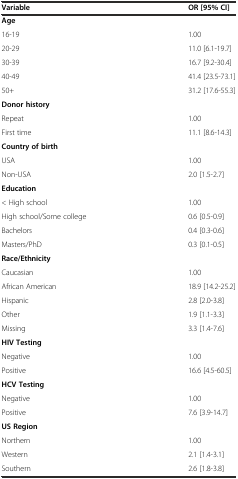
<table><thead><tr><td><b>Variable</b></td><td><b>OR [95% CI]</b></td></tr></thead><tbody><tr><td><b>Age</b></td><td></td></tr><tr><td>16-19</td><td>1.00</td></tr><tr><td>20-29</td><td>11.0 [6.1-19.7]</td></tr><tr><td>30-39</td><td>16.7 [9.2-30.4]</td></tr><tr><td>40-49</td><td>41.4 [23.5-73.1]</td></tr><tr><td>50+</td><td>31.2 [17.6-55.3]</td></tr><tr><td><b>Donor history</b></td><td></td></tr><tr><td>Repeat</td><td>1.00</td></tr><tr><td>First time</td><td>11.1 [8.6-14.3]</td></tr><tr><td><b>Country of birth</b></td><td></td></tr><tr><td>USA</td><td>1.00</td></tr><tr><td>Non-USA</td><td>2.0 [1.5-2.7]</td></tr><tr><td><b>Education</b></td><td></td></tr><tr><td>&lt; High school</td><td>1.00</td></tr><tr><td>High school/Some college</td><td>0.6 [0.5-0.9]</td></tr><tr><td>Bachelors</td><td>0.4 [0.3-0.6]</td></tr><tr><td>Masters/PhD</td><td>0.3 [0.1-0.5]</td></tr><tr><td><b>Race/Ethnicity</b></td><td></td></tr><tr><td>Caucasian</td><td>1.00</td></tr><tr><td>African American</td><td>18.9 [14.2-25.2]</td></tr><tr><td>Hispanic</td><td>2.8 [2.0-3.8]</td></tr><tr><td>Other</td><td>1.9 [1.1-3.3]</td></tr><tr><td>Missing</td><td>3.3 [1.4-7.6]</td></tr><tr><td><b>HIV Testing</b></td><td></td></tr><tr><td>Negative</td><td>1.00</td></tr><tr><td>Positive</td><td>16.6 [4.5-60.5]</td></tr><tr><td><b>HCV Testing</b></td><td></td></tr><tr><td>Negative</td><td>1.00</td></tr><tr><td>Positive</td><td>7.6 [3.9-14.7]</td></tr><tr><td><b>US Region</b></td><td></td></tr><tr><td>Northern</td><td>1.00</td></tr><tr><td>Western</td><td>2.1 [1.4-3.1]</td></tr><tr><td>Southern</td><td>2.6 [1.8-3.8]</td></tr></tbody></table>